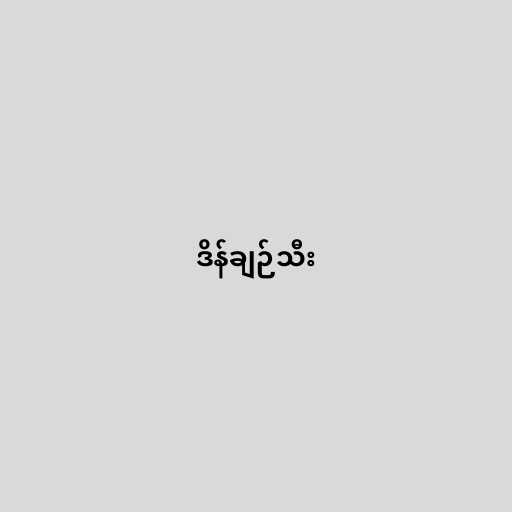
ဒိန်ချဉ်သီး